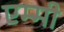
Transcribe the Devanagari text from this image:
एम्‍मी